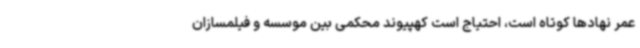
عمر نهادها کوتاه است، احتیاج است کهپیوند محکمی بین موسسه و فیلمسازان